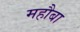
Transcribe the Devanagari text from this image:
महौबा